Physiological action of certain drugs in tablet form - Number 52A
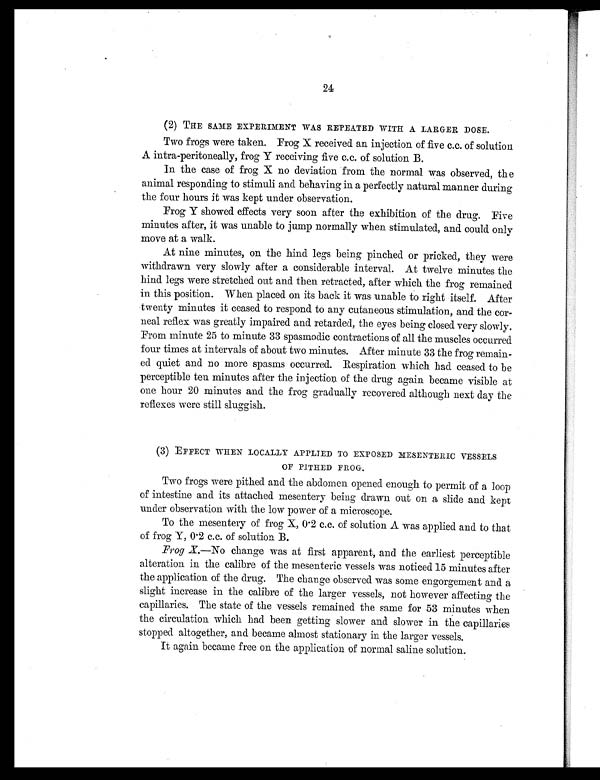
24
( 2 ) T H E S A M E E X P E R I M E N T W A S R E P E A T E D W I T H A L A R G E R D O S E .
Two frogs were taken. Frog X received an injection of five c.c. of solution
A intra-peritoneally, frog Y receiving five c.c. of solution B.
In the case of frog X no deviation from the normal was observed, the
animal responding to stimuli and behaving in a perfectly natural manner during
the four hours it was kept under observation.
Frog Y showed effects very soon after the exhibition of the drug. Five
minutes after, it was unable to jump normally when stimulated, and could only
move at a walk.
At nine minutes, on the hind legs being pinched or pricked, they were
withdrawn very slowly after a considerable interval. At twelve minutes the
hind legs were stretched out and then retracted, after which the frog remained
in this position. When placed on its back it was unable to right itself. After
twenty minutes it ceased to respond to any cutaneous stimulation, and the cor
-neal reflex was greatly impaired and retarded, the eyes being closed very slowly.
From minute 25 to minute 33 spasmodic contractions of all the muscles occurred
four times at intervals of about two minutes. After minute 33 the frog remain
-ed quiet and no more spasms occurred. Respiration which had ceased to be
perceptible ten minutes after the injection of the drug again became visible at
one hour 20 minutes and the frog gradually recovered although next day the
reflexes were still sluggish.
(3) EFFECT WHEN LOCALLY APPLIED TO EXPOSED MESENTERIC VESSELS
OF PITHED FROG,
Two frogs were pithed and the abdomen opened enough to permit of a loop
of intestine and its attached mesentery being drawn out on a slide and kept
under observation with the low power of a microscope.
To the mesentery of frog X, 0.2 c.c. of solution A was applied and to that
of frog Y, 0.2 c.c. of solution B.
Frog X.—No change was at first apparent, and the earliest perceptible
alteration in the calibre of the mesenteric vessels was noticed 15 minutes after
the application of the drug. The change observed was some engorgement and a
slight increase in the calibre of the larger vessels, not however affecting the
capillaries. The state of the vessels remained the same for 53 minutes when
the circulation which had been getting slower and slower in the capillaries
stopped altogether, and became almost stationary in the larger vessels.
It again became free on the application of normal saline solution.